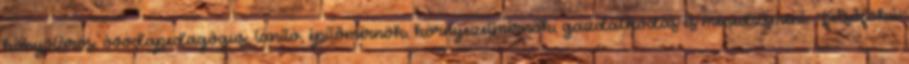
könyvtáros, óvodapedagógus, tanító, építõmérnök, környezetmérnök, gazdálkodás és menedzsment. Felsõfokú